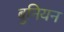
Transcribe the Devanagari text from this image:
बुनियन